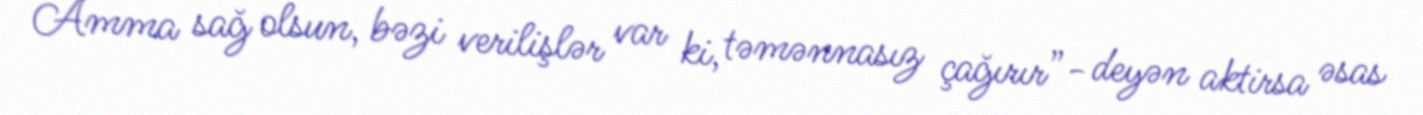
Amma sağ olsun, bəzi verilişlər var ki, təmənnasız çağırır”- deyən aktirsa əsas